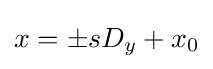
x=\pm sD_{y}+x_{0}